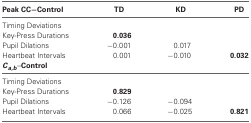
| Peak CC–Control | TD | KD | PD |
 | --- | --- | --- | --- |
 | Timing Deviations |  |  |  |
 | Key-Press Durations | 0.036 |  |  |
 | Pupil Dilations | −0.001 | 0.017 |  |
 | Heartbeat Intervals | 0.001 | −0.010 | 0.032 |
 | Ca,b–Control |  |  |  |
 | Timing Deviations |  |  |  |
 | Key-Press Durations | 0.829 |  |  |
 | Pupil Dilations | −0.126 | −0.094 |  |
 | Heartbeat Intervals | 0.066 | −0.025 | 0.821 |